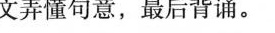
文弄懂句意,最后背诵.